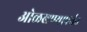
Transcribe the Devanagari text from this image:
ओळखण्यापर्यंत